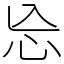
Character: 㤀